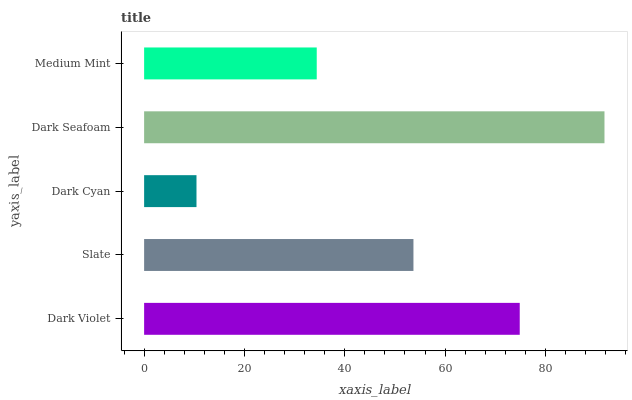
| yaxis_label | bars |
 | --- | --- |
 | Dark Violet | 74.9 |
 | Slate | 53.7 |
 | Dark Cyan | 10.4 |
 | Dark Seafoam | 91.8 |
 | Medium Mint | 34.4 |